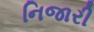
નિજારી